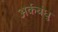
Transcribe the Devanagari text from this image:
अर्कबंधु